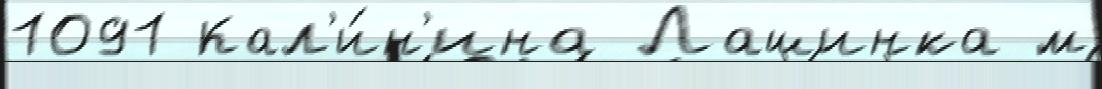
1091 Кал'и́н'ина Лашинка м